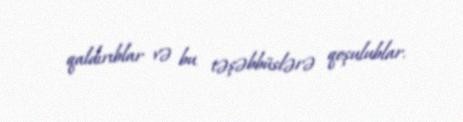
qaldırıblar və bu təşəbbüslərə qoşulublar.